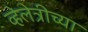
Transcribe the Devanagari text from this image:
व्हेलेत्रीच्या